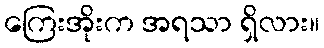
ကြေးအိုးက အရသာ ရှိလား။